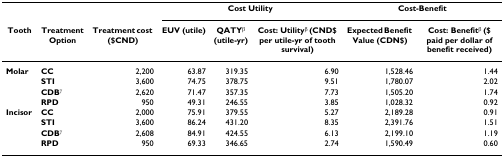
<table><thead><tr><td></td><td></td><td></td><td colspan="3"><b>Cost Utility</b></td><td colspan="2"><b>Cost-Benefit</b></td></tr><tr><td><b>Tooth</b></td><td><b>Treatment Option</b></td><td><b>Treatment cost ($CND)</b></td><td><b>EUV (utile)</b></td><td><b>QATY<sup>β </sup>(utile-yr)</b></td><td><b>Cost: Utility<sup>β </sup>(CND$ per utile-yr of tooth survival)</b></td><td><b>Expected Benefit Value (CDN$)</b></td><td><b>Cost: Benefit<sup>β </sup>($ paid per dollar of benefit received)</b></td></tr></thead><tbody><tr><td><b>Molar</b></td><td><b>CC</b></td><td>2,200</td><td>63.87</td><td>319.35</td><td>6.90</td><td>1,528.46</td><td>1.44</td></tr><tr><td></td><td><b>STI</b></td><td>3,600</td><td>74.75</td><td>378.75</td><td>9.51</td><td>1,780.07</td><td>2.02</td></tr><tr><td></td><td><b>CDB</b><sup>γ</sup></td><td>2,620</td><td>71.47</td><td>357.35</td><td>7.73</td><td>1,505.20</td><td>1.74</td></tr><tr><td></td><td><b>RPD</b></td><td>950</td><td>49.31</td><td>246.55</td><td>3.85</td><td>1,028.32</td><td>0.92</td></tr><tr><td><b>Incisor</b></td><td><b>CC</b></td><td>2,000</td><td>75.91</td><td>379.55</td><td>5.27</td><td>2,189.28</td><td>0.91</td></tr><tr><td></td><td><b>STI</b></td><td>3,600</td><td>86.24</td><td>431.20</td><td>8.35</td><td>2,391.76</td><td>1.51</td></tr><tr><td></td><td><b>CDB</b><sup>γ</sup></td><td>2,608</td><td>84.91</td><td>424.55</td><td>6.13</td><td>2,199.10</td><td>1.19</td></tr><tr><td></td><td><b>RPD</b></td><td>950</td><td>69.33</td><td>346.65</td><td>2.74</td><td>1,590.49</td><td>0.60</td></tr></tbody></table>